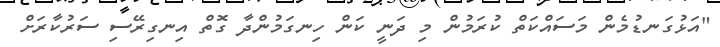
"އަޅުގަނޑުމެން މަސައްކަތް ކުރަމުން މި ދަނީ ކަން ހިނގަމުންދާ ގޮތް އިނގިރޭސި ސަރުކާރަށް